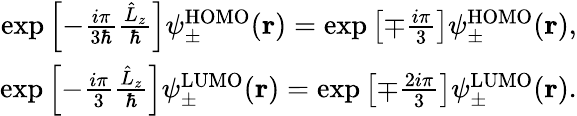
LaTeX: \begin{array}{r}{\exp\left[-\frac{i\pi}{3\hbar}\frac{\hat{L}_{z}}{\hbar}\right]\psi_{\pm}^{\mathrm{HOMO}}(\mathbf{r})=\exp\left[\mp\frac{i\pi}{3}\right]\psi_{\pm}^{\mathrm{HOMO}}(\mathbf{r}),}\\ {\exp\left[-\frac{i\pi}{3}\frac{\hat{L}_{z}}{\hbar}\right]\psi_{\pm}^{\mathrm{LUMO}}(\mathbf{r})=\exp\left[\mp\frac{2i\pi}{3}\right]\psi_{\pm}^{\mathrm{LUMO}}(\mathbf{r}).}\end{array}